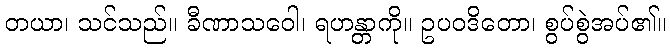
တယာ၊ သင်သည်။ ခီဏာသဝေါ၊ ရဟန္တာကို။ ဥပဝဒိတော၊ စွပ်စွဲအပ်၏။